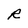
Character: R